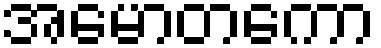
အမောတကော